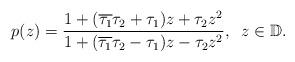
LaTeX: \begin{align*}p(z)=\frac{1+(\overline{\tau_1}\tau_2 +\tau_1)z+\tau_2 z^2}{1 +(\overline{\tau_1}\tau_2 -\tau_1)z-\tau_2 z^2}, \;\;z\in\mathbb{D}.\end{align*}